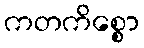
ကတကိစ္စော